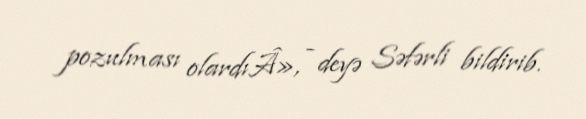
pozulması olardıÂ», - deyə Səfərli bildirib.